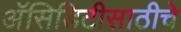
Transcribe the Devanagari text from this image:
अॅसिडिटीसाठीचे